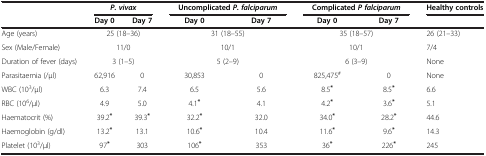
<table><thead><tr><td><b> </b></td><td colspan="2"><b><i>P. vivax</i></b></td><td colspan="2"><b>Uncomplicated <i>P. falciparum</i></b></td><td colspan="2"><b>Complicated <i>P falciparum</i></b></td><td><b>Healthy controls</b></td></tr><tr><td><b> </b></td><td><b>Day 0</b></td><td><b>Day 7</b></td><td><b>Day 0</b></td><td><b>Day 7</b></td><td><b>Day 0</b></td><td><b>Day 7</b></td><td><b> </b></td></tr></thead><tbody><tr><td>Age (years)</td><td colspan="2">25 (18–36)</td><td colspan="2">31 (18–55)</td><td colspan="2">35 (18–57)</td><td>26 (21–33)</td></tr><tr><td>Sex (Male/Female)</td><td colspan="2">11/0</td><td colspan="2">10/1</td><td colspan="2">10/1</td><td>7/4</td></tr><tr><td>Duration of fever (days)</td><td colspan="2">3 (1–5)</td><td colspan="2">5 (2–9)</td><td colspan="2">6 (3–9)</td><td>None</td></tr><tr><td>Parasitaemia (/μl)</td><td>62,916</td><td>0</td><td>30,853</td><td>0</td><td>825,475<sup>#</sup></td><td>0</td><td>None</td></tr><tr><td>WBC (10<sup>3</sup>/μl)</td><td>6.3</td><td>7.4</td><td>6.5</td><td>5.6</td><td>8.5<sup><b>*</b></sup></td><td>8.5<sup><b>*</b></sup></td><td>6.6</td></tr><tr><td>RBC (10<sup>6</sup>/μl)</td><td>4.9</td><td>5.0</td><td>4.1<sup><b>*</b></sup></td><td>4.1</td><td>4.2<sup><b>*</b></sup></td><td>3.6<sup><b>*</b></sup></td><td>5.1</td></tr><tr><td>Haematocrit (%)</td><td>39.2<sup><b>*</b></sup></td><td>39.3<sup><b>*</b></sup></td><td>32.2<sup><b>*</b></sup></td><td>32.0</td><td>34.0<sup><b>*</b></sup></td><td>28.2<sup><b>*</b></sup></td><td>44.6</td></tr><tr><td>Haemoglobin (g/dl)</td><td>13.2<sup><b>*</b></sup></td><td>13.1</td><td>10.6<sup><b>*</b></sup></td><td>10.4</td><td>11.6<sup><b>*</b></sup></td><td>9.6<sup><b>*</b></sup></td><td>14.3</td></tr><tr><td>Platelet (10<sup>3</sup>/μl)</td><td>97<sup><b>*</b></sup></td><td>303</td><td>106<sup><b>*</b></sup></td><td>353</td><td>36<sup><b>*</b></sup></td><td>226<sup><b>*</b></sup></td><td>245</td></tr></tbody></table>